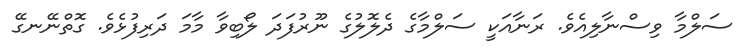
ސަލްމާ ވިސްނާލިއެވެ. ރަނާއަކީ ސަލްމާގެ ދެލޮލުގެ ނޫރުފަދަ ލޯބިވާ މާމަ ދަރިފުޅެވެ. ގޮތްނޭނގޭ